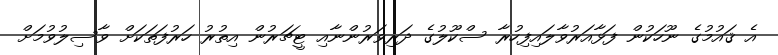
އެ ޤައުމުގެ ނޫހަކުން ފަޅާއަރުވާލައިފިހުރާ ސްކޫލުގެ ދަރިވަރުންނާއި ޓީޗަރުން އިތުރު ހަރުފަތަކަށް ވާސިލުވުމަށް